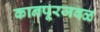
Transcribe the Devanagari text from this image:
कानपूरजवळ